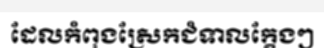
ដែលកំពុងស្រែកជំទាលក្តែងៗ